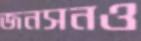
জনসনও